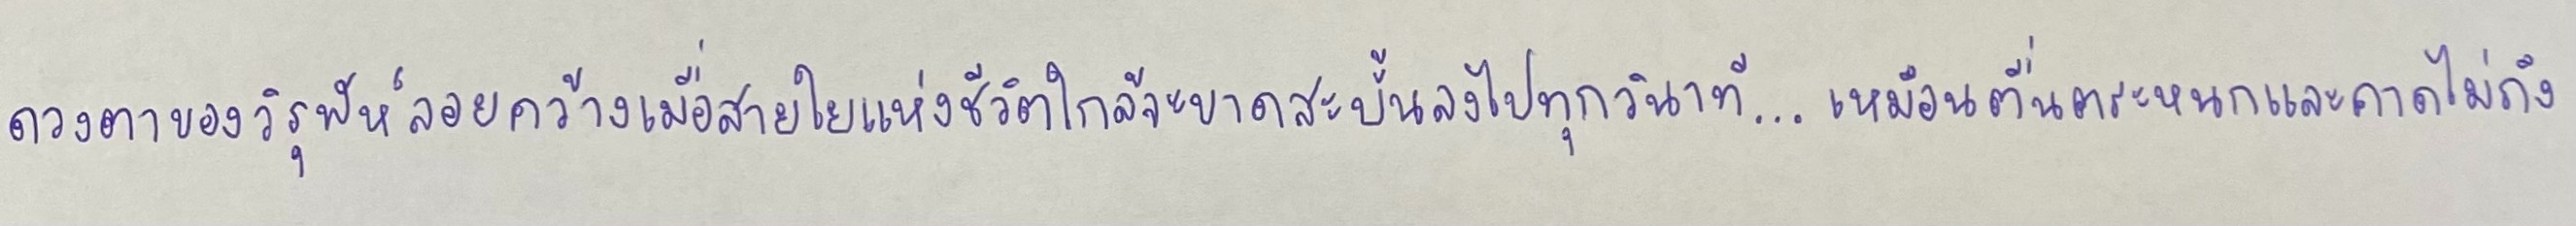
ดวงตาของวิรุฬห์ลอยคว้างเมื่อสายใยแห่งชีวิตใกล้จะขาดสะบั้นลงไปทุกวินาที...เหมือนตื่นตระหนกและคาดไม่ถึง